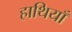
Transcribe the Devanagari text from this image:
हाथियाँ